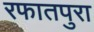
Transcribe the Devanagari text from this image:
रफातपुरा